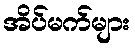
အိပ်မက်များ